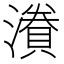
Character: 𭲷